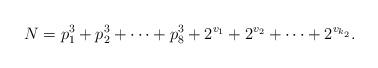
LaTeX: \begin{align*}N = p_{1}^{3}+p_{2}^{3}+\cdots+p_{8}^{3}+2^{v_{1}}+2^{v_{2}}+\cdots+2^{v_{k_{2}}}.\end{align*}